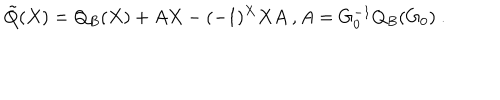
\tilde { Q } ( X ) = Q _ { B } ( X ) + A X - ( - 1 ) ^ { X } X A \ , A = G _ { 0 } ^ { - 1 } Q _ { B } ( G _ { 0 } ) \ .